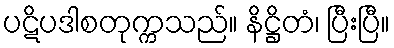
ပဋိပဒါစတုက္ကသည်။ နိဋ္ဌိတံ၊ ပြီးပြီ။